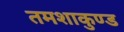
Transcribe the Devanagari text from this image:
तमशाकुण्ड